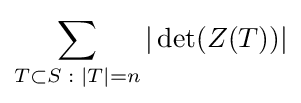
\sum _{T\subset S\;:\;|T|=n}|\det(Z(T))|